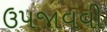
ઉપજાવવી